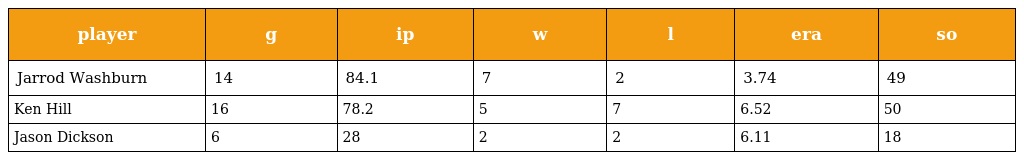
| player | g | ip | w | l | era | so |
 | --- | --- | --- | --- | --- | --- | --- |
 | Jarrod Washburn | 14 | 84.1 | 7 | 2 | 3.74 | 49 |
 | Ken Hill | 16 | 78.2 | 5 | 7 | 6.52 | 50 |
 | Jason Dickson | 6 | 28 | 2 | 2 | 6.11 | 18 |